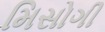
મિસોગી